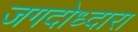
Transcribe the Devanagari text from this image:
जगदोध्दारा